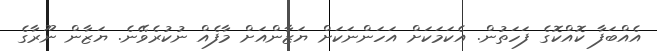
އެއްބަފާ ކޮއްކޮގެ ފަހަތުން. އެކަމަކަށް އަހަންނަކަށް ޔަޒާންއަށް މާފެއް ނުކުރެވޭނެ. ޔަޒާން ނޫރާގެ